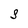
Character: S